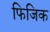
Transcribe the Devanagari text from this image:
फिजिक